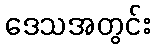
ဒေသအတွင်း